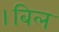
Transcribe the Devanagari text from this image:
।बिल